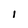
Character: l